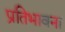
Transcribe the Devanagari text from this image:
प्रतिभावना